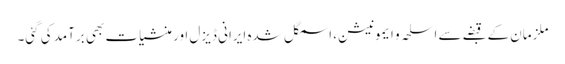
ملزمان کے قبضے سے اسلحہ و ایمونیشن، اسمگل شدہ ایرانی ڈیزل اور منشیات بھی برآمد کی گئی۔